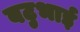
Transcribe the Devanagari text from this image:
बटुभाई